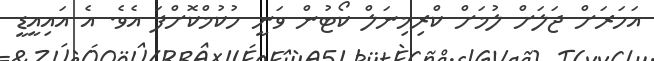
އަހަރަށް ޖަލަށް ލުމަށް ކްރިމިނަލް ކޯޓުން ވަނީ ހުކުމްކޮށްފަ އެވެ. އެ އައިއީޑީ